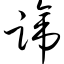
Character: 蹄